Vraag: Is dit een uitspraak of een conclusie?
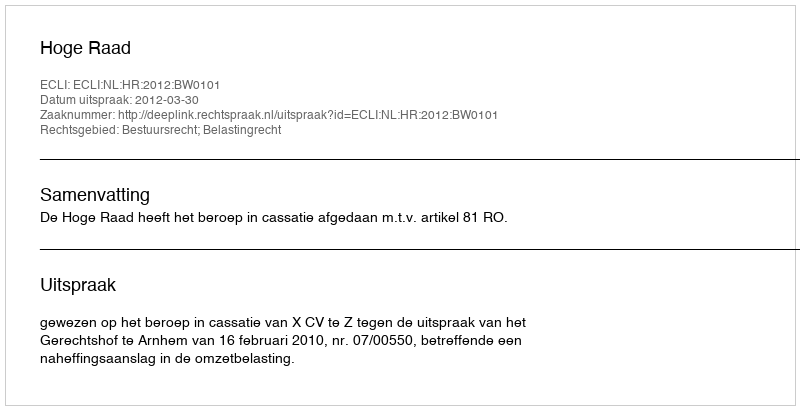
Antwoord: Uitspraak